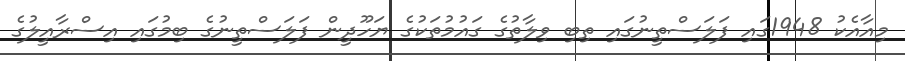
މިއާއެކު 1948ގައި ފަލަސްތީނުގައި ތިބި ވިލާތުގެ ގައުމުތަކުގެ ޔަހޫދީން ފަލަސްތީނުގެ ބިމުގައި އިސްރާއީލުގެ